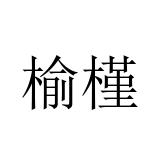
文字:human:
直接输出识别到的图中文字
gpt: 榆槿